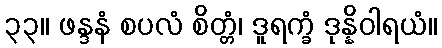
၃၃။ ဖန္ဒနံ စပလံ စိတ္တံ၊ ဒူရက္ခံ ဒုန္နိဝါရယံ။